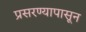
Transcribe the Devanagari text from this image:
प्रसरण्यापासून